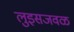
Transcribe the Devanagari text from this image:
लुइसजवळ